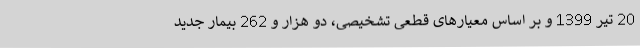
20 تیر 1399 و بر اساس معیارهای قطعی تشخیصی، دو هزار و 262 بیمار جدید